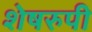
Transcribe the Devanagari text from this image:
शेषरुपी